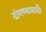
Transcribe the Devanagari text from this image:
टांगण्यासाठी